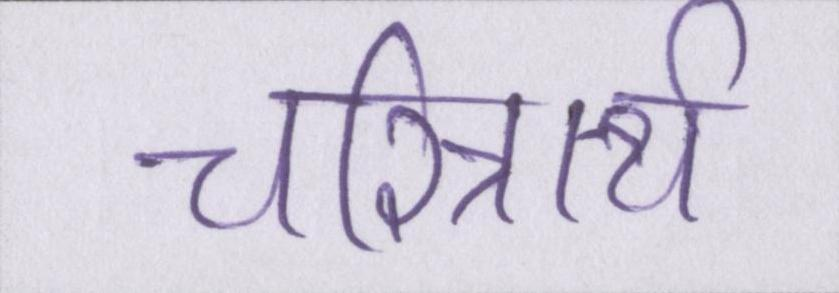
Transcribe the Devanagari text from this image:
चरित्रार्थ